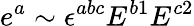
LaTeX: e^{a}\sim\epsilon^{abc}E^{b1}E^{c2}